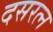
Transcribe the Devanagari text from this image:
दसरत्न